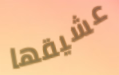
عشيقها